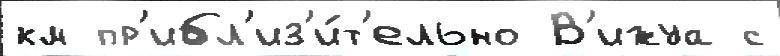
км пр'ибл'из'и́т'ельно В'ижуа с